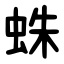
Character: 蛛